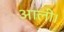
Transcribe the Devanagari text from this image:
आली।